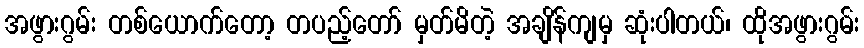
အဖွားဂွမ်း တစ်ယောက်တော့ တပည့်တော် မှတ်မိတဲ့ အချိန်ကျမှ ဆုံးပါတယ်၊ ထိုအဖွားဂွမ်း